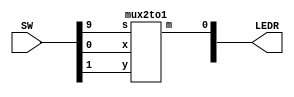
//SW[2:0] data inputs
//SW[9] select signal

//LEDR[0] output display

module TwoToOneMux(LEDR, SW);
    input [9:0] SW;
    output [9:0] LEDR;

    mux2to1 u0(
        .x(SW[0]),
        .y(SW[1]),
        .s(SW[9]),
        .m(LEDR[0])
        );
endmodule

module mux2to1(x, y, s, m);
    input x; //selected when s is 0
    input y; //selected when s is 1
    input s; //select signal
    output m; //output
  
    assign m = s ? y : x;

endmodule